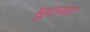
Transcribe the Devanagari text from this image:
मुटया